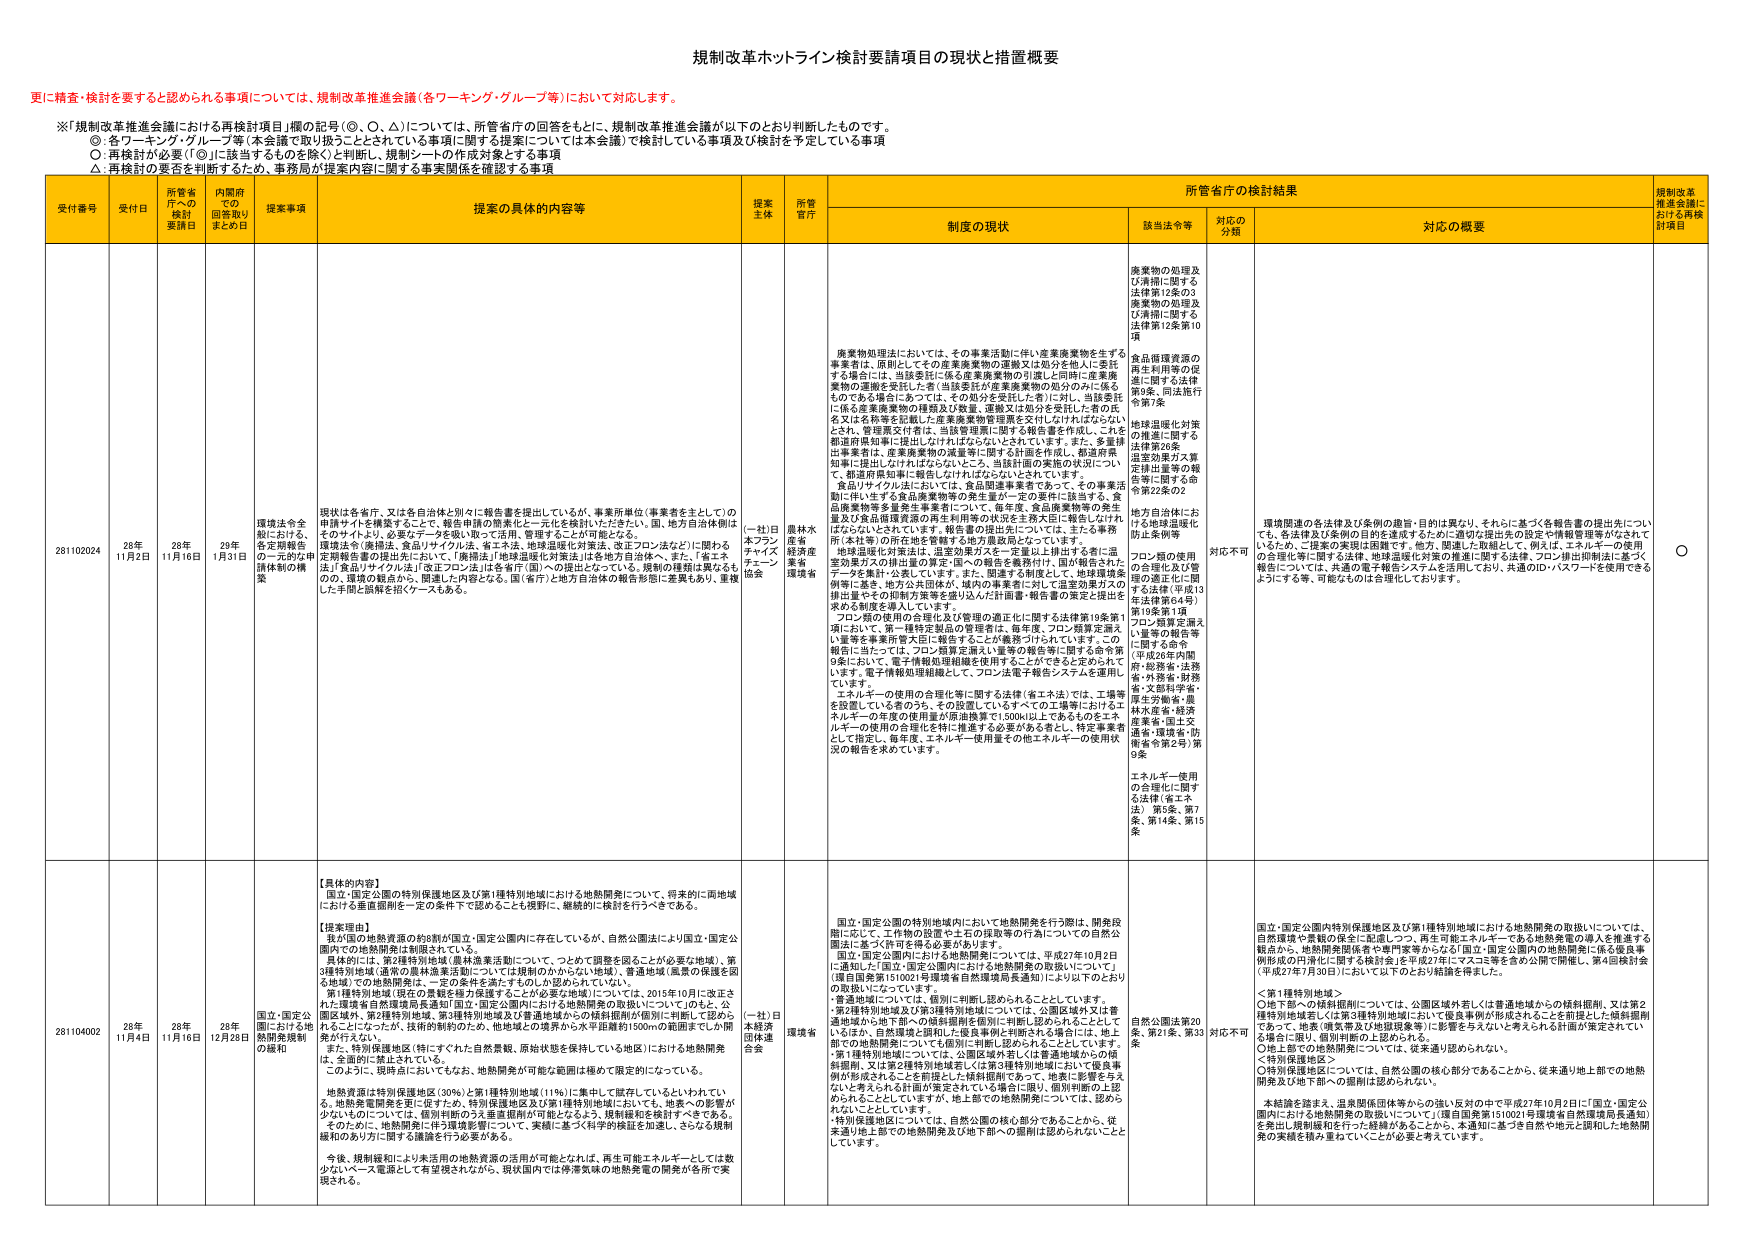
規制改革ホットライン検討要請項目の現状と措置概要

更に精査・検討を要すると認められる事項については、規制改革推進会議（各ワーキング・グループ等）において対応します。

※「規制改革推進会議における再検討項目」欄の記号（○、◎、△）については、所管省庁の回答をもとに、規制改革推進会議が以下のとおり判断したものです。
◎：各ワーキング・グループ等（本会議で取り扱うこととされている事項に関する提案については本会議）で検討している事項及び検討を予定している事項
○：再検討が必要（「◎」に該当するものを除く）と判断し、規制シートの作成対象とする事項
△：再検討の要否を判断するため、事務局が提案内容に関する事実関係を確認する事項

受付番号　受付日　所管省庁への検討要請日　内閣府での回覧取りまとめ日　提案事項　提案の具体的内容等　提案主体　所管省庁　所管省庁の検討結果　規制改革推進会議における再検討項目